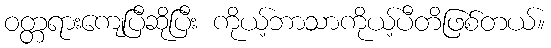
ဝတ္တရားကျေပြီဆိုပြီး ကိုယ့်ဘာသာကိုယ့်ပီတိဖြစ်တယ်။